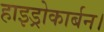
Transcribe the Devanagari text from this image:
हाइड्रोकार्बन।